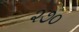
૨૭૦